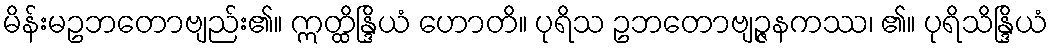
မိန်းမဥဘတောဗျည်း၏။ ဣတ္ထိန္ဒြိယံ ဟောတိ။ ပုရိသ ဥဘတောဗျဉ္ဇနကဿ၊ ၏။ ပုရိသိန္ဒြိယံ